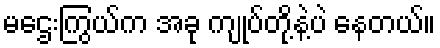
မဌေးကြွယ်က အခု ကျုပ်တို့နဲ့ပဲ နေတယ်။